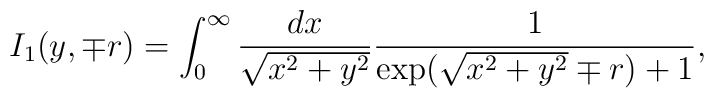
I_1(y,\mp r)=\int_{0}^{\infty}\frac{dx}{\sqrt{x^2+y^2}}\frac{1}{\exp(\sqrt{x^2+y^2}\mp r)+1},